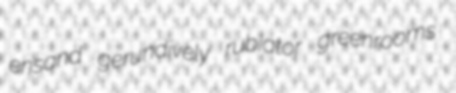
ensand gerundively rubiator greenrooms